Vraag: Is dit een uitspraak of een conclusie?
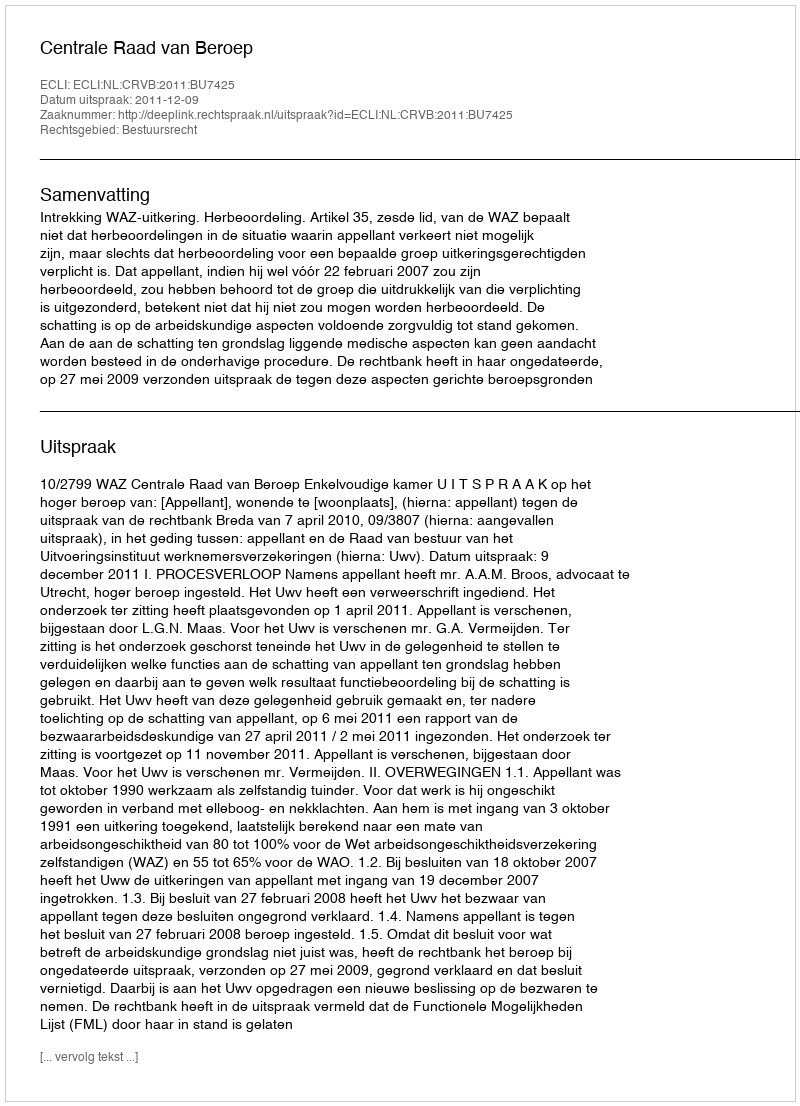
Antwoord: Uitspraak